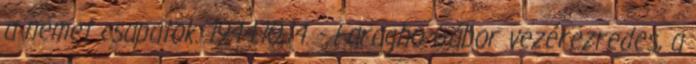
a német csapatok. 1944.10.14. - Faragho Gábor vezérezredes, a